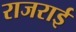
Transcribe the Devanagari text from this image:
राजराई